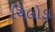
ચિલોડા